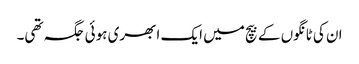
ان کی ٹانگوں کے بیچ میں ایک ابھری ہوئی جگہ تھی۔